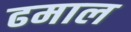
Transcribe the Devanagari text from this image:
ढमाल